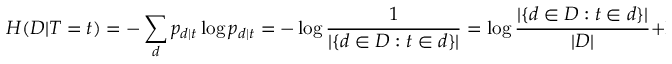
H ( { \cal { D } } | { \cal { T } } = t ) = - \sum _ { d } p _ { d | t } \log p _ { d | t } = - \log { \frac { 1 } { | \{ d \in D : t \in d \} | } } = \log { \frac { | \{ d \in D : t \in d \} | } { | D | } } + \log | D | = - \mathrm { i d f } ( t ) + \log | D |